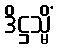
ဒိဋ္ဌသ္မိံ